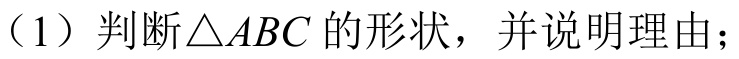
（1）判断\(\triangle ABC\) 的形状，并说明理由；